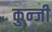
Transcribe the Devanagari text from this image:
कुन्जी